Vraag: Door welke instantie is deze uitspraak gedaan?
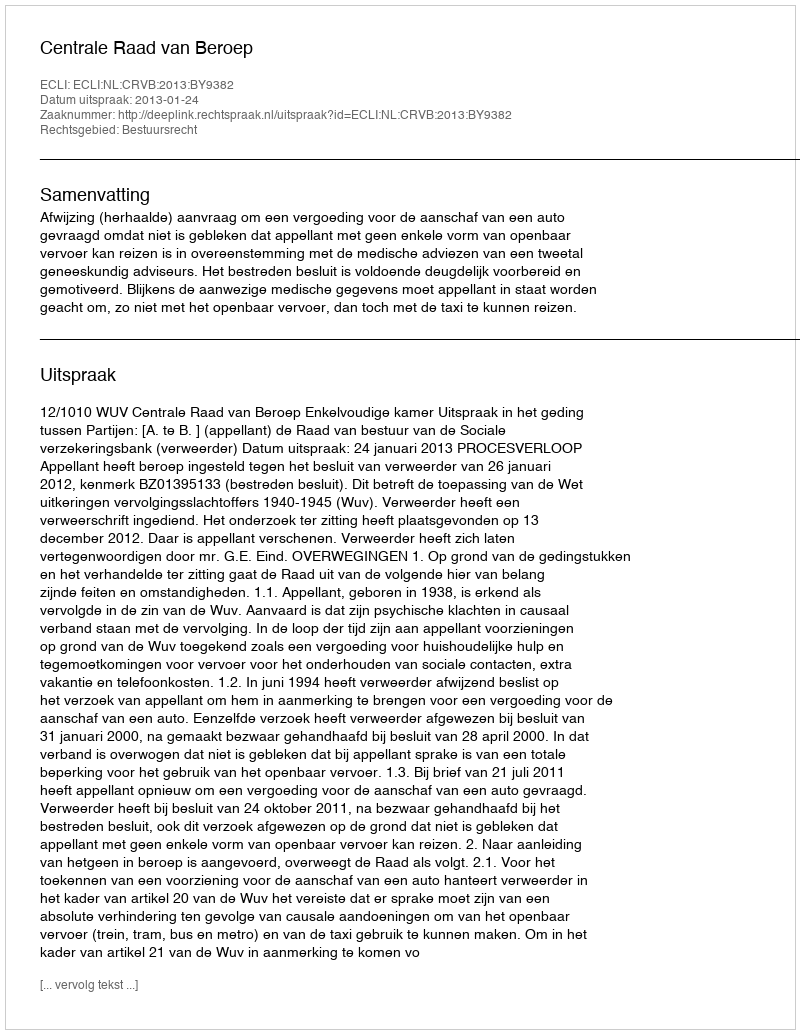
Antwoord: Centrale Raad van Beroep